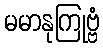
မမာနုကြုဗ္ဗံ